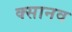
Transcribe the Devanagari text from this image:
क्सानव